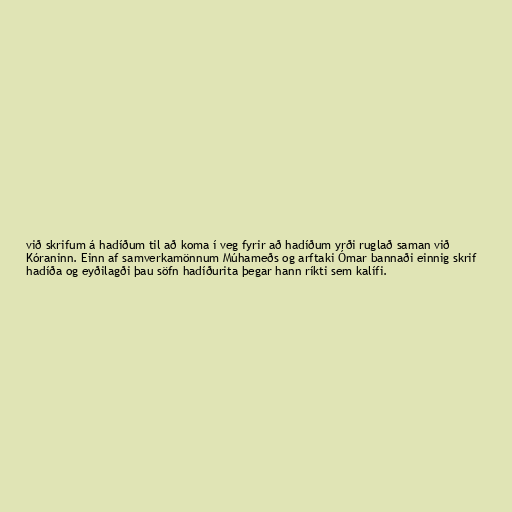
við skrifum á hadíðum til að koma í veg fyrir að hadíðum yrði ruglað saman við
Kóraninn. Einn af samverkamönnum Múhameðs og arftaki Ómar bannaði einnig skrif
hadíða og eyðilagði þau söfn hadíðurita þegar hann ríkti sem kalífi.